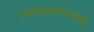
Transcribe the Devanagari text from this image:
तदवसन्नास्त्वयि